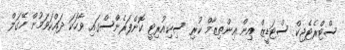
ސްޓްރެޓެޖިކް ސްޓަޑީޒް އިން އިންތިޒާމް ކުރި ސިކިއުރިޓީ ކޮންފަރެންސްގައި ވާހަކަ ދައްކަވަމުން ހޭގަލް